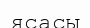
ясасы